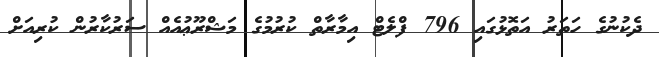
ދެކުނުގެ ހަތަރު އަތޮޅުގައި 796 ފްލެޓް އިމާރާތް ކުރުމުގެ މަޝްރޫޢުއެއް ސަރުކާރުން ކުރިއަށް